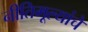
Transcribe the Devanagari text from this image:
नीतिमूल्यांचे